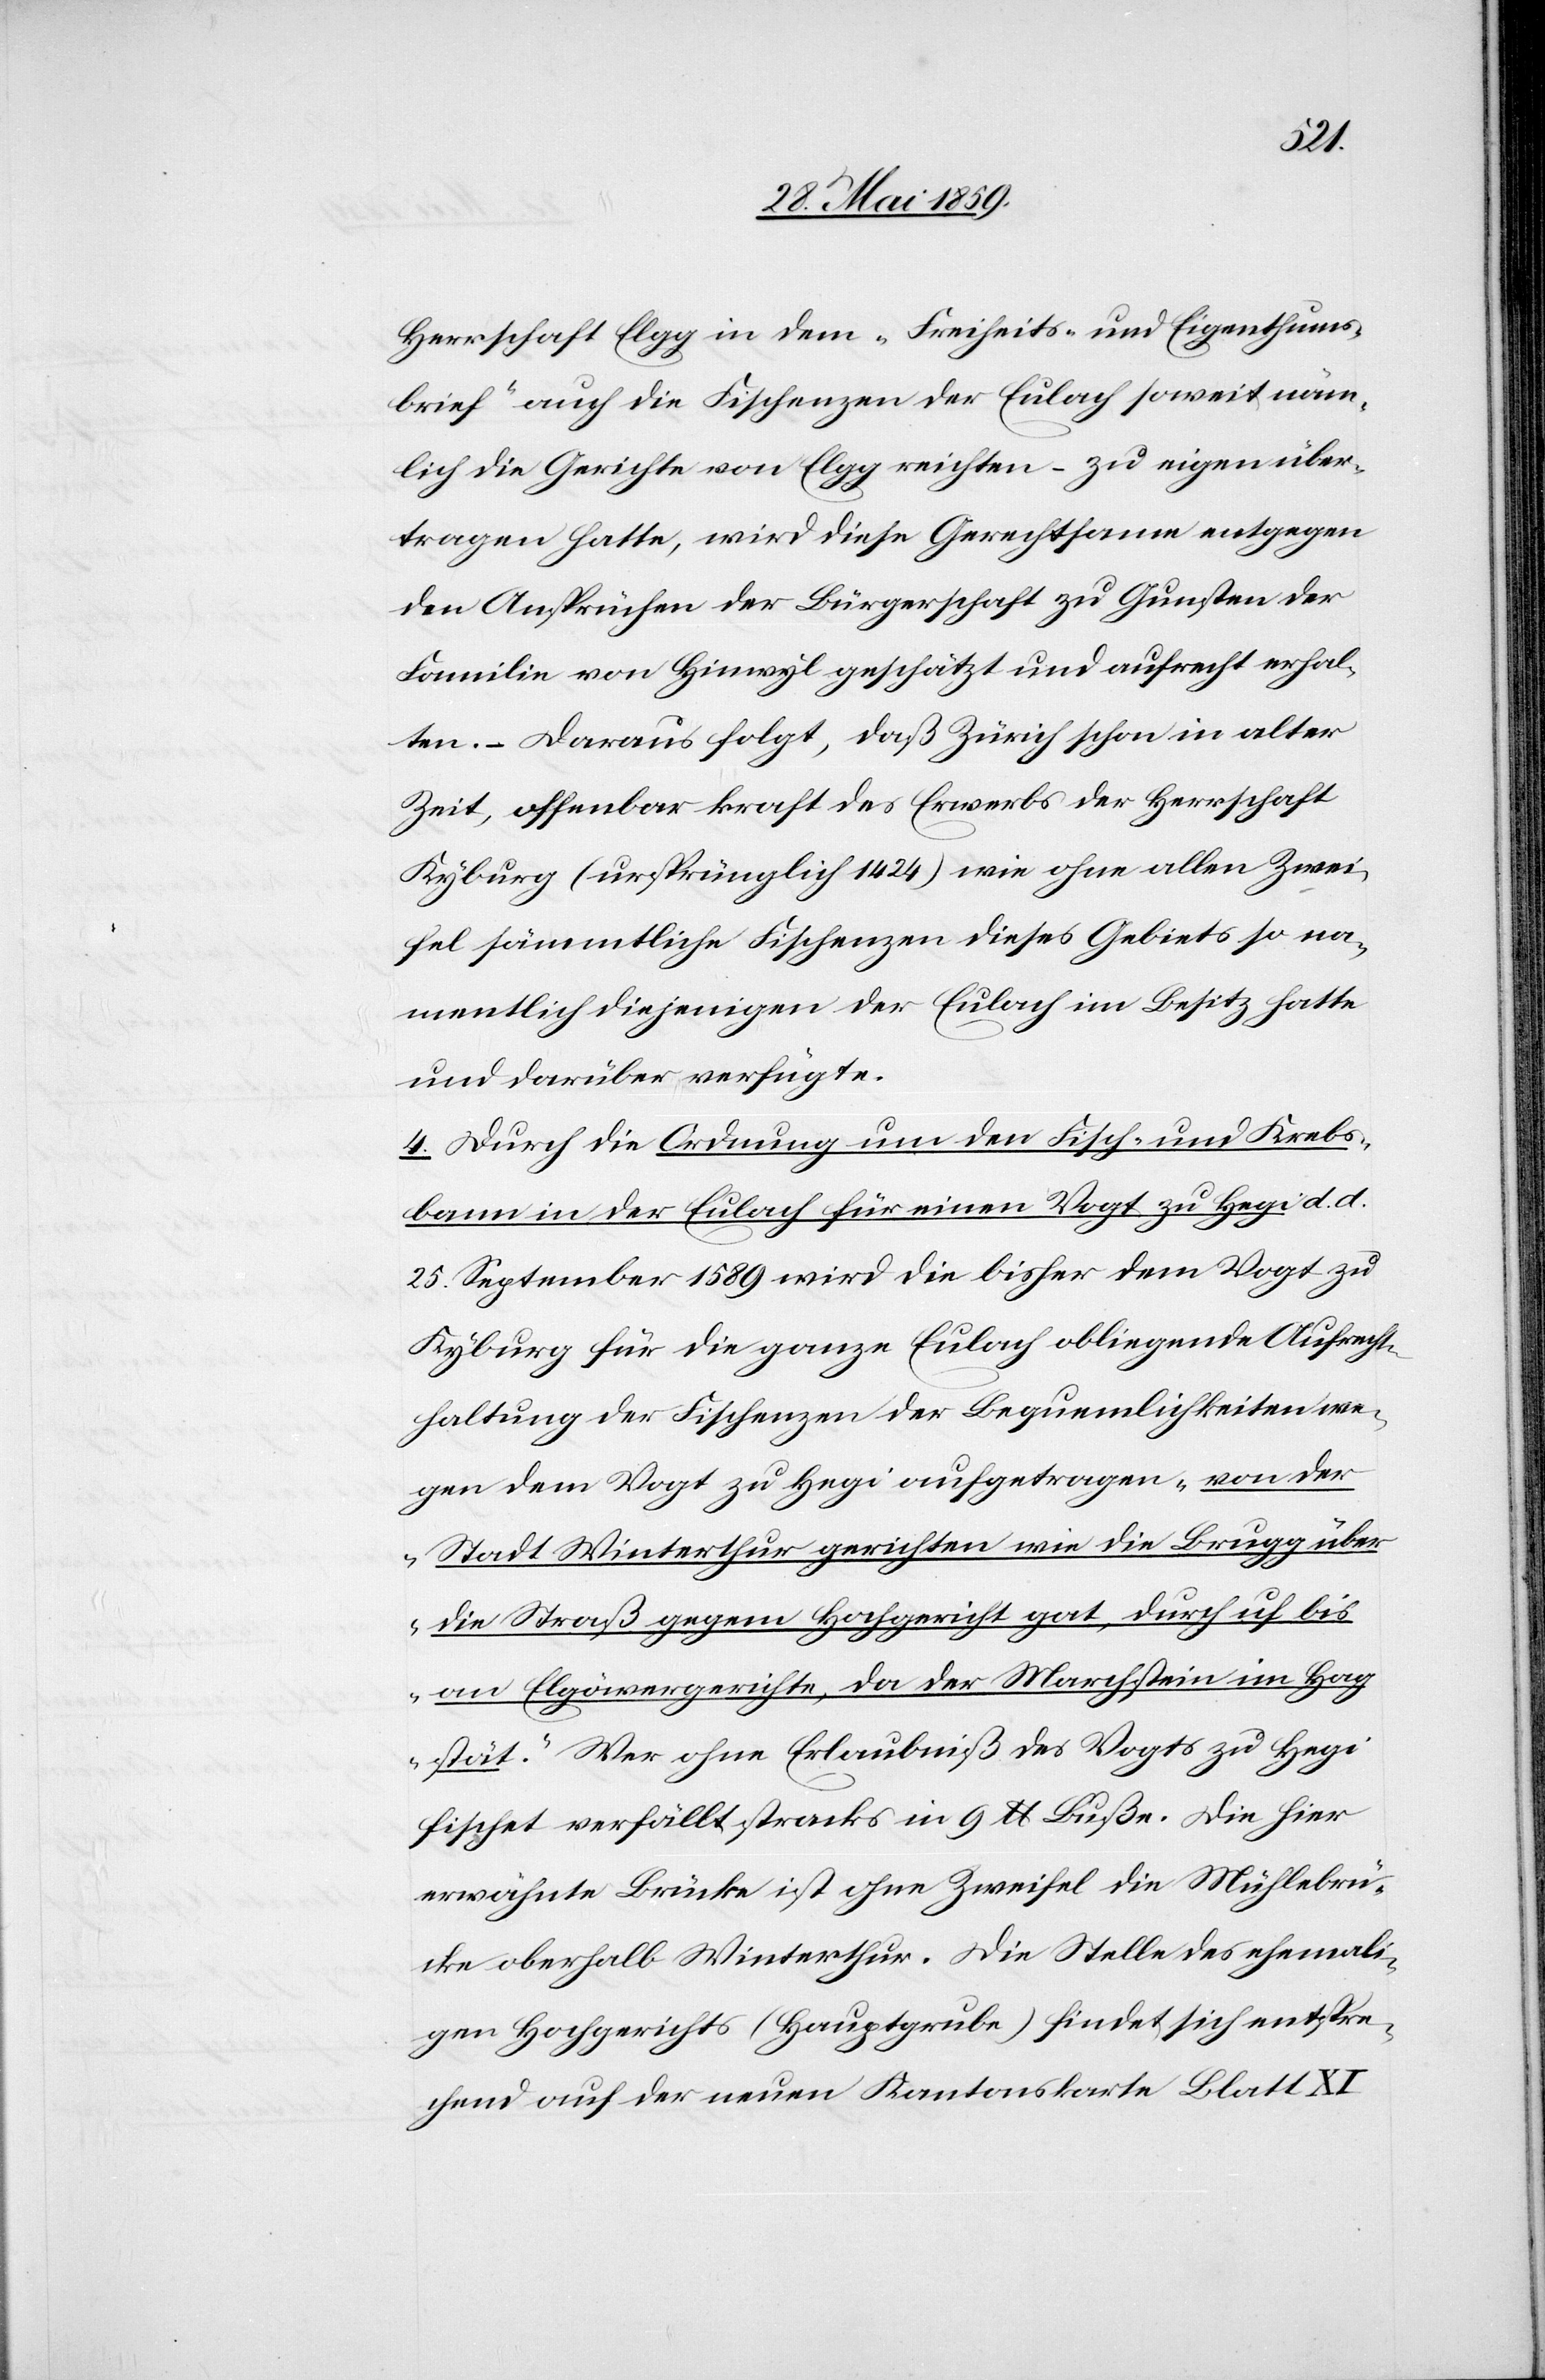
Herrschaft Elgg in dem „Freiheits- und Eigenthums¬
brief“ auch die Fischenzen der Eulach soweit näm¬
lich die Gerichte von Elgg reichten – zu eigen über¬
tragen hatte, wird diese Gerechtsame entgegen
den Ansprüchen der Bürgerschaft zu Gunsten der
Familie von Hinwyl geschätzt und aufrecht erhal¬
ten. – Daraus folgt, daß Zürich schon in alter
Zeit, offenbar Kraft des Erwerbs der Herrschaft
Kyburg (ursprünglich 1424) wie ohne allen Zwei¬
fel sämmtliche Fischenzen dieses Gebiets so na¬
mentlich diejenigen der Eulach im Besitz hatte
und darüber verfügte.
4) Durch die Ordnung um den Fisch- und Krebs¬
bann in der Eulach für einen Vogt zu Hegi d. d.
25. September 1589 wird die bisher dem Vogt zu
Kyburg für die ganze Eulach obliegende Aufrecht¬
haltung der Fischenzen der Bequemlichkeiten we¬
gen dem Vogt zu Hegi aufgetragen „von der
Stadt Winterthur gerichten wie die Brugg über
die Straß gegen Hochgericht gat, durch uf bis
an Elgöwergerichte, da der Marchstein im Hag
stät.“ Wer ohne Erlaubniß des Vogts zu Hegi
fischet verfällt straks in 9 lb Buße. Die hier
erwähnte Brücke ist ohne Zweifel die Mühlebrü¬
cke oberhalb Winterthur. Die Stelle des ehemali¬
gen Hochgerichts (Hauptgrube) findet sich entspre¬
chend auf der neuen Kantonskarte Blatt XI